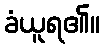
ခံယူရ၏။